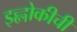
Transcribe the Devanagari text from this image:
इह्लोकीची